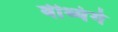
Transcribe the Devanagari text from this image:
वीथ्यंगे